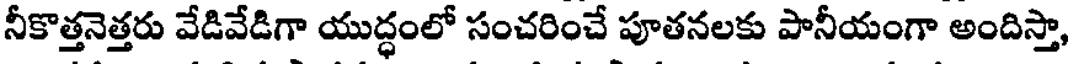
నీకొత్తనెత్తరు వేడివేడిగా యుద్ధంలో సంచరించే పూతనలకు పానీయంగా అందిస్తా,